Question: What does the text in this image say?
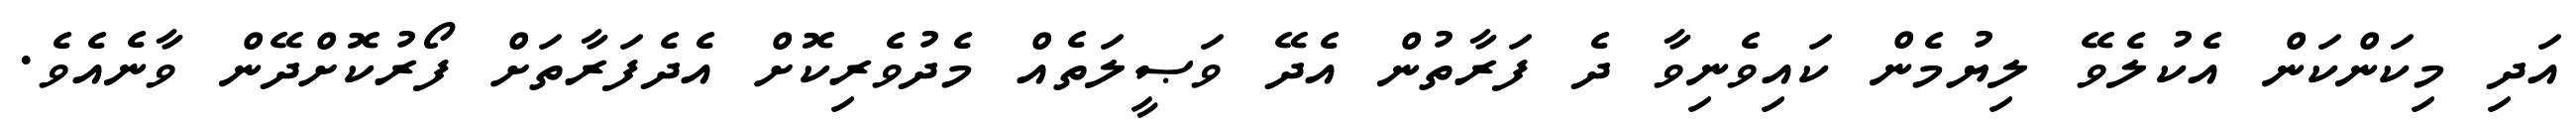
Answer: އަދި މިކަންކަން އެކުލެވޭ ލިޔުމެން ކައިވެނިވާ ދެ ފަރާތުން އެދޭ ވަޞީލަތެއް މެދުވެރިކޮށް އެދެފަރާތަށް ފޯރުކޮށްދޭން ވާނެއެވެ.